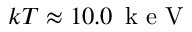
k T \approx 1 0 . 0 \, \mathrm { ~ k ~ e ~ V ~ }